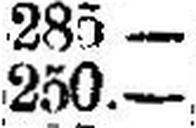
250.—